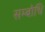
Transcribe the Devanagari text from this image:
सम्‍बोधि